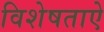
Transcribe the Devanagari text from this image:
विशेषताऐ